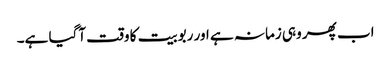
اب پھر وہی زمانہ ہے اور ربوبیت کا وقت آگیا ہے۔